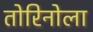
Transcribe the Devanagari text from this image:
तोरिनोला